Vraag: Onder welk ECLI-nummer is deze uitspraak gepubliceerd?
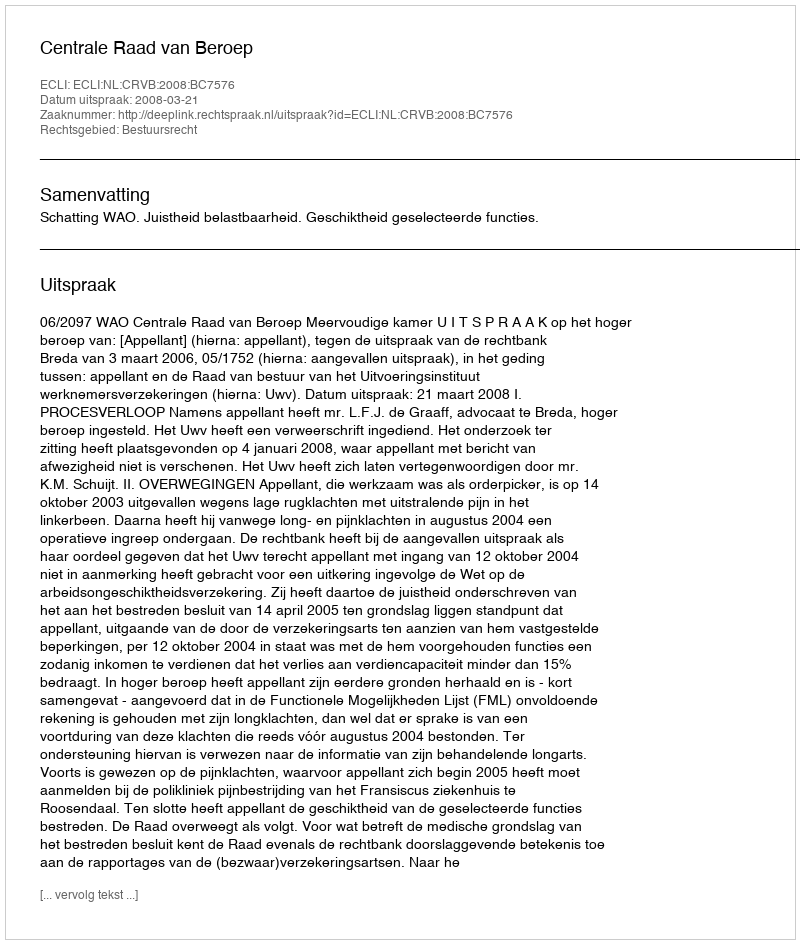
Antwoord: ECLI:NL:CRVB:2008:BC7576